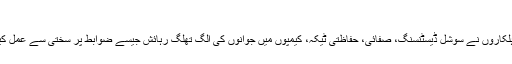
فائل فوٹو
اس کے بعد پانچوں اہلکاروں نے سوشل ڈیسٹنسنگ، صفائی، حفاظتی ٹیکہ، کیمپوں میں جوانوں کی الگ تھلگ رہائش جیسے ضوابط پر سختی سے عمل کیا جانا یقینی بنایا ہے۔